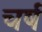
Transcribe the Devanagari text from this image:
चर्ष